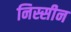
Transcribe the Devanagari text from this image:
निस्सीन